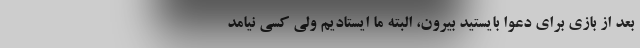
بعد از بازی برای دعوا بایستید بیرون، البته ما ایستادیم ولی کسی نیامد